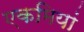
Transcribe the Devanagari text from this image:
एकमियां